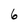
Character: 6